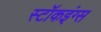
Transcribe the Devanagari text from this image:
स्टॉकइंग्स